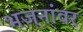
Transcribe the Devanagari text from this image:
भजनांवर